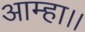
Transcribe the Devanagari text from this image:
आम्हा।।